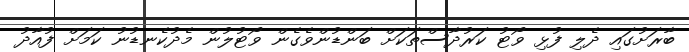
ބާރަށުގައި ދެލި ފުޅި ވޯޓު ކަރުދާސްތަކަށް ބަންޑުންވެގެން ވޯޓުލުން މެދުކެނޑުނު ކަމަށް ފުއާދު